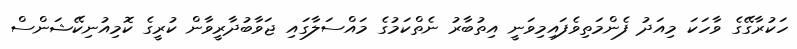
ހަކުރާގޭގެ ވާހަކަ މިއަދު ފެންމަތިވެފައިމިވަނީ އިތުބާރު ނެތްކަމުގެ މައްސަލާގައި ޖަވާބުދާރީވާން ކުރީގެ ކޮމިއުނިކޭޝަންސް